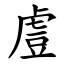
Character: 䖒